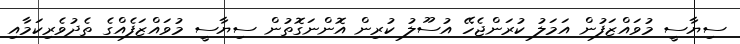
ސިޔާސީ މުވައްޒަފުން އަމަލު ކުރަންޖެހޭ އުސޫލު ކުރިން އޮންނަގޮތުން ސިޔާސީ މުވައްޒަފެއްގެ ތެދުވެރިކަމާއި